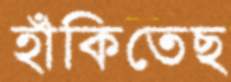
হাঁকিতেছ